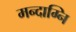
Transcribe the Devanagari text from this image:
मन्दाग्नि